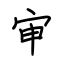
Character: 审